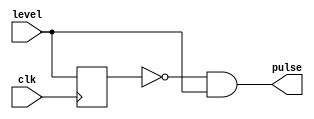
module rising_edge(
		   input wire clk,
		   input wire level,
		   output wire pulse
		   );

   reg 			       state;
   
   always @(posedge clk) begin
      state <= level;
   end
   assign pulse = !state && level;

endmodule // rising_edge